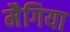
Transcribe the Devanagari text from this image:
मैगिया